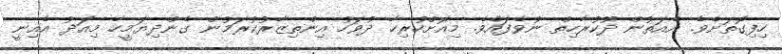
ހިފިގޮތަށެވެ. އެއަތުން ދޫކުރާހިތް ނުވެފައެވެ. މިއޮށްހުރިހާ ދުވަހު އިންތިޒާރުކުރަމުން ގެންދިޔަމީހާ މިއަދު އެއިނީ